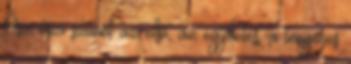
Ősz, őszi szünet az első, az egyhetes, a tengeres